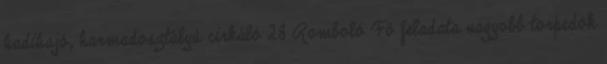
hadihajó, harmadosztályú cirkáló 28 Romboló Fő feladata nagyobb torpedók